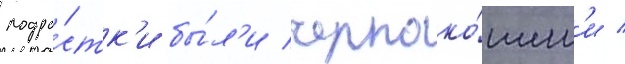
подро́стк'и бы́л'и черноко́жим'и /